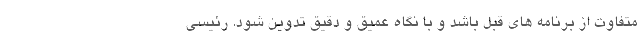
متفاوت از برنامه های قبل باشد و با نگاه عمیق و دقیق تدوین شود. رئیسی